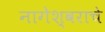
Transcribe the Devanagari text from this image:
नागेेश्वराचे